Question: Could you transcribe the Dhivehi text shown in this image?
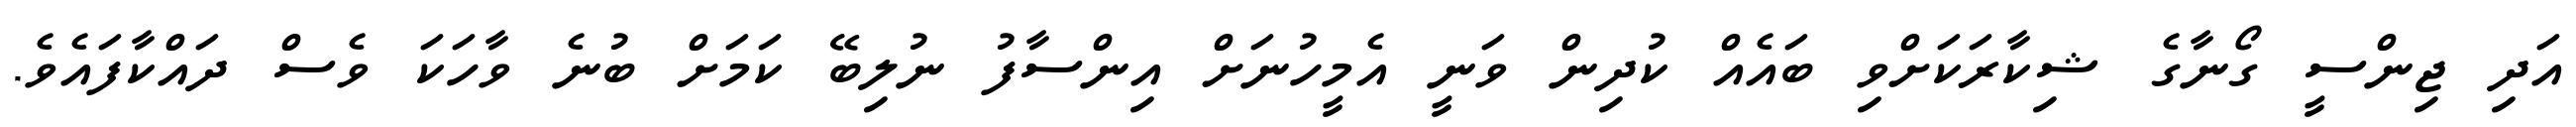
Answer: އަދި ޖިންސީ ގޯނާގެ ޝިކާރަކަށްވި ބައެއް ކުދިން ވަނީ އެމީހުނަށް އިންސާފު ނުލިބޭ ކަމަށް ބުނެ ވާހަކަ ވެސް ދައްކާފައެވެ.